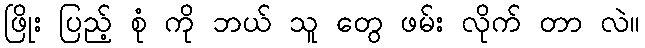
ဖြိုး ပြည့် စုံ ကို ဘယ် သူ တွေ ဖမ်း လိုက် တာ လဲ။